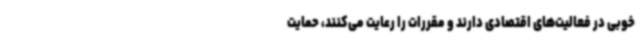
خوبی در فعالیت‌های اقتصادی دارند و مقررات را رعایت می‌کنند، حمایت